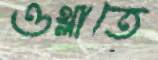
ওথ্‌লাতে